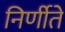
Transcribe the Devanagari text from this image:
निर्णीते